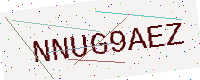
Text: NNUG9AEZ